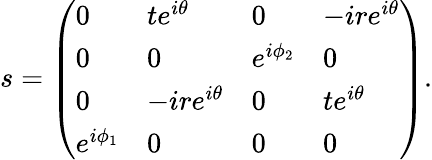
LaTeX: s=\left(\begin{array}{llll}{0}&{te^{i\theta}}&{0}&{-ire^{i\theta}}\\ {0}&{0}&{e^{i\phi_{2}}}&{0}\\ {0}&{-ire^{i\theta}}&{0}&{te^{i\theta}}\\ {e^{i\phi_{1}}}&{0}&{0}&{0}\end{array}\right).